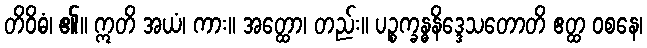
တိဝိဓံ၊ ၏။ ဣတိ အယံ၊ ကား။ အတ္ထော၊ တည်း။ ပဉ္စက္ခန္ဓနိဒ္ဒေသတောတိ ဧတ္ထ ဝစနေ၊